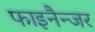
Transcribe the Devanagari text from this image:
फाइनैन्जर